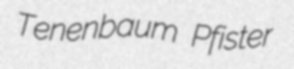
Tenenbaum Pfister